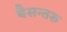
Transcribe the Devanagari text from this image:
बैसन्तरु